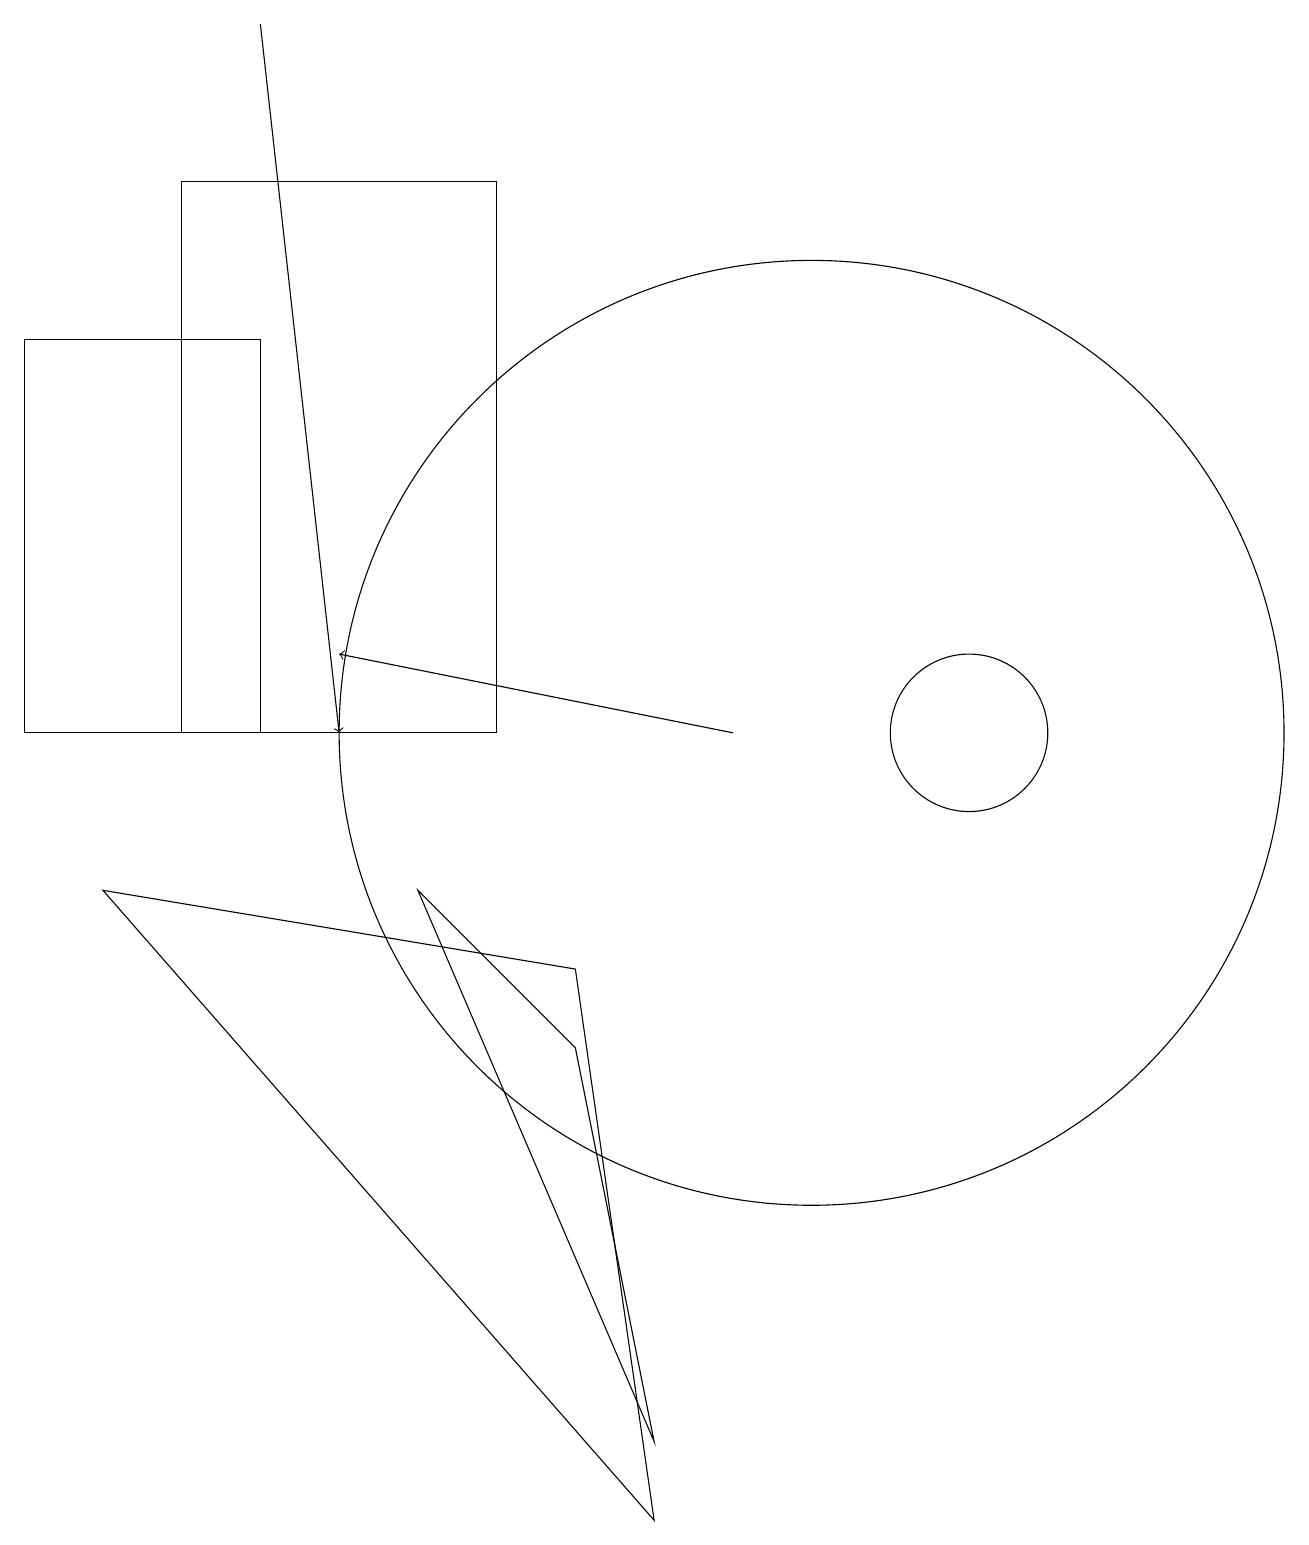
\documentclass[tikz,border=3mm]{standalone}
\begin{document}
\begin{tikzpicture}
\draw[->] (9,10) -- (4,11);
\draw (3,10) rectangle (0,15);
\draw (12,10) circle (1);
\draw (2,17) rectangle (6,10);
\draw (8,1) -- (7,6) -- (5,8) -- cycle;
\draw (10,10) circle (6);
\draw (1,8) -- (8,0) -- (7,7) -- cycle;
\draw[->] (3,19) -- (4,10);
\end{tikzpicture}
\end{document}